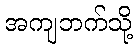
အကျဘက်သို့